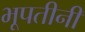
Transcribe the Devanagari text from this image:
भूपतीनी